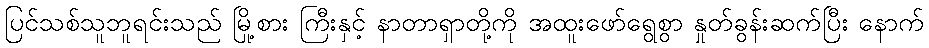
ပြင်သစ်သူဘူရင်းသည် မြို့စား ကြီးနှင့် နာတာရှာတို့ကို အထူးဖော်ရွေစွာ နှုတ်ခွန်းဆက်ပြီး နောက်